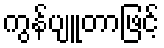
ကွန်ပျူတာဖြင့်